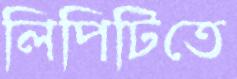
লিপিটিতে